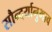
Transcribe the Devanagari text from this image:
सौन्दर्यानुभाव